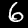
Digit: 6